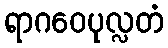
ရာဂဝေပုလ္လတံ